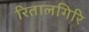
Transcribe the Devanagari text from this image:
रितालगिरि